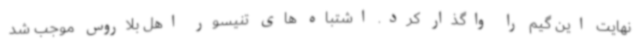
نهایت این گیم را واگذار کرد. اشتباه های تنیسور اهل بلاروس موجب شد